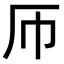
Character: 𫨂